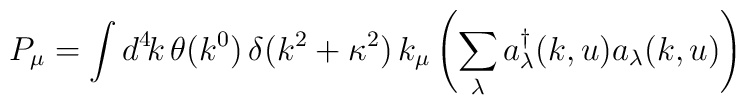
P_{\mu}=\int d^4\!k\,\theta(k^0)\,\delta(k^2+\kappa^2)\,k_{\mu}\left(\sum_{\lambda}a_{\lambda}^{\dagger}(k,u)a_{\lambda}(k,u)\right)